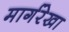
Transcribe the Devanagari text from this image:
मार्गरेखा